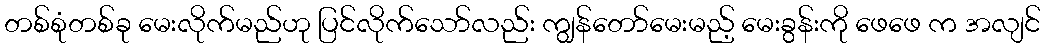
တစ်စုံတစ်ခု မေးလိုက်မည်ဟု ပြင်လိုက်သော်လည်း ကျွန်တော်မေးမည့် မေးခွန်းကို ဖေဖေ က အလျင်